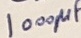
Text: 1000µF